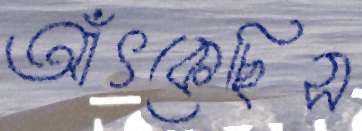
আঁৎকেছিস